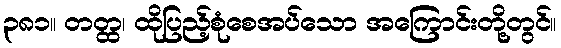
၃၈၁။ တတ္ထ၊ ထိုပြည့်စုံစေအပ်သော အကြောင်းတို့တွင်။